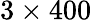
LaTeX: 3\times 400